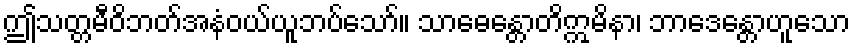
ဤသတ္တမီဝိဘတ်အနံဝယ်ယူဘပ်သော်။ သာဓေန္တောတိဣမိနာ၊ ဘာဒေန္တောဟူသော